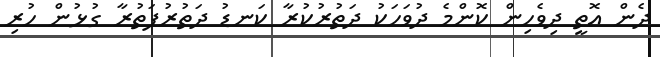
ދެން އޮތީ ދިވެހިން ކޮންމެ ދުވަހަކު ދަތުރުކުރާ ކަނޑު ދަތުރުފަތުރާ ގުޅުން ހުރި